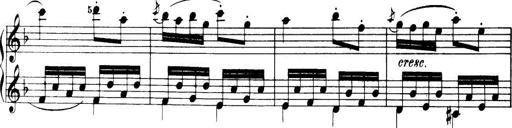
Title: 32 Sonatinas and Rondos for the Piano
Composer: Richard Kleinmichel